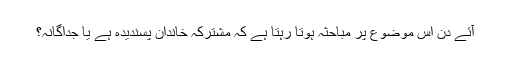
آئے دن اس موضوع پر مباحثہ ہوتا رہتا ہے کہ مشترکہ خاندان پسندیدہ ہے یا جداگانہ؟